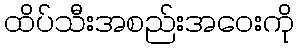
ထိပ်သီးအစည်းအဝေးကို